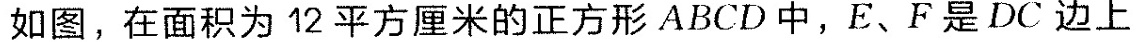
如图，在面积为12平方厘米的正方形ABCD中，E、F是DC边上